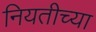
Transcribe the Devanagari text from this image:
नियतीच्या